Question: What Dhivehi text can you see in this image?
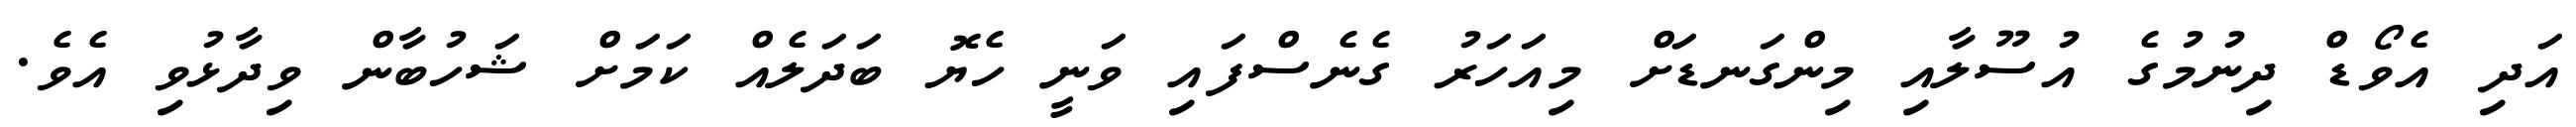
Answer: އަދި އެވޯޑް ދިނުމުގެ އުސޫލާއި މިންގަނޑަށް މިއަހަރު ގެނެސްފައި ވަނީ ހެޔޮ ބަދަލެއް ކަމަށް ޝަހުބާން ވިދާޅުވި އެވެ.